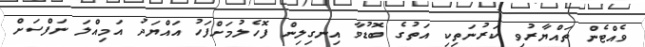
ވެއްޓެން ތައްޔާރުވި ކަރުނަތިކި އަތުގެ ބޮޑުވާ އިނގިލިން ފޮހެލުމަށްފަހު އައްޔަދު އަމިއްލަ ނަފްސަށް